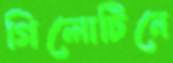
গিলোটিনে